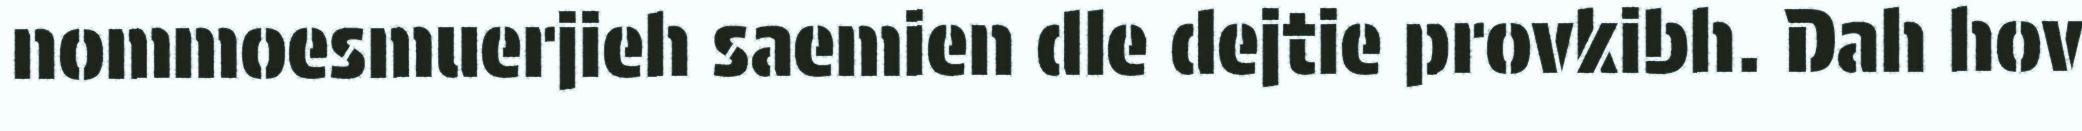
nommoesmuerjieh saemien dle dejtie provkibh. Dah hov